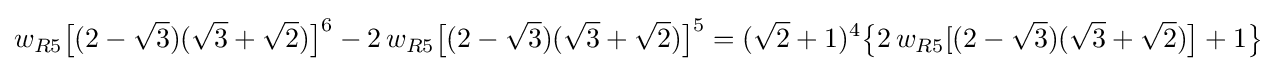
w_{R5}{\bigl [}(2-{\sqrt {3}})({\sqrt {3}}+{\sqrt {2}}){\bigr ]}^{6}-2\,w_{R5}{\bigl [}(2-{\sqrt {3}})({\sqrt {3}}+{\sqrt {2}}){\bigr ]}^{5}=({\sqrt {2}}+1)^{4}{\bigl \{}2\,w_{R5}[(2-{\sqrt {3}})({\sqrt {3}}+{\sqrt {2}}){\bigr ]}+1{\bigr \}}